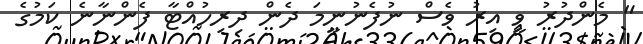
" މެންދުރު ވީ އިރު ވެސް ނުފެނުނީމަ ދެން ދިރިހުއްޓާ ފެންނާނެ ކަމުގެ